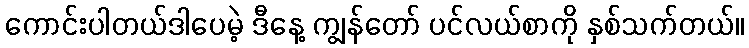
ကောင်းပါတယ်ဒါပေမဲ့ ဒီနေ့ ကျွန်တော် ပင်လယ်စာကို နှစ်သက်တယ်။